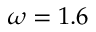
\omega = 1 . 6